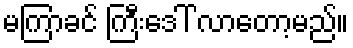
မကြာခင် ကြီးဒေါ် လာတော့မည်။